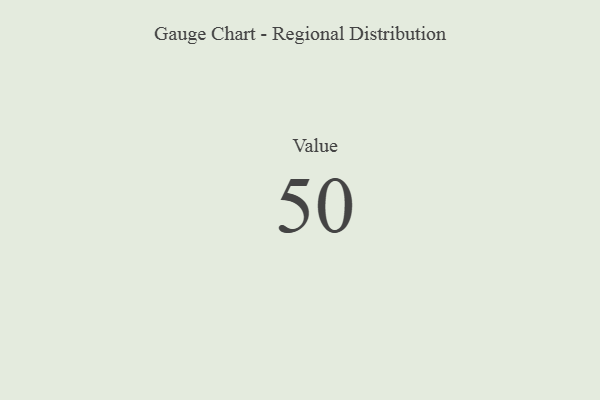
{"axis": {"x": "Metric", "y": "Value"}, "legend": [""], "data": [{"x": "Value", "y": 50, "type": ""}]}